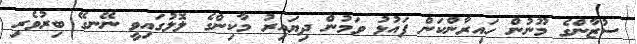
ސުޒާންގެ މޫނުން ހައިރާންކަން ފައުޅު ވަމުން ދިޔައިރު މާކިންގެ ލޮލުގައިވީ ނޭނގޭ ބިރުވެރި